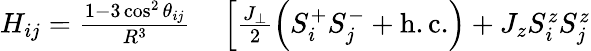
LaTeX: \begin{array}{rl}{H_{ij}=\frac{1-3\cos^{2}\theta_{ij}}{R^{3}}}&{{}\left[\frac{J_{\perp}}{2}\left(S_{i}^{+}S_{j}^{-}+\mathrm{{h.c.}}\right)+J_{z}S_{i}^{z}S_{j}^{z}\right.}\end{array}